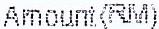
AMOUNT(RM)